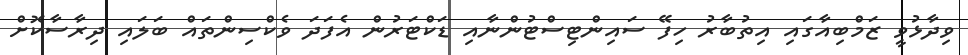
ވިދާޅުވީ ޒަމްބިއާގައި އިތުބާރު ހިފޭ ސައިންޓިސްޓުންނާއި ޑަކްޓަރުން އެފަދަ ވެކްސިންތައް ބަލައި ދިރާސާކޮށް